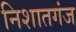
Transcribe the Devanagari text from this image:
निशातगंज